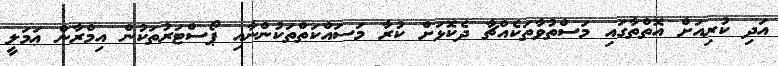
އަދި ކުރިއަށް އޮތްތާގައި މަސްތުވާތަކެއްޗާ ދެކޮޅަށް ކުރާ މަސައްކަތްތަކުންނާއި ޕޯސްޓަރުތަކުން އިމްރާން ޢަމަލީ